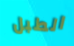
الطبل